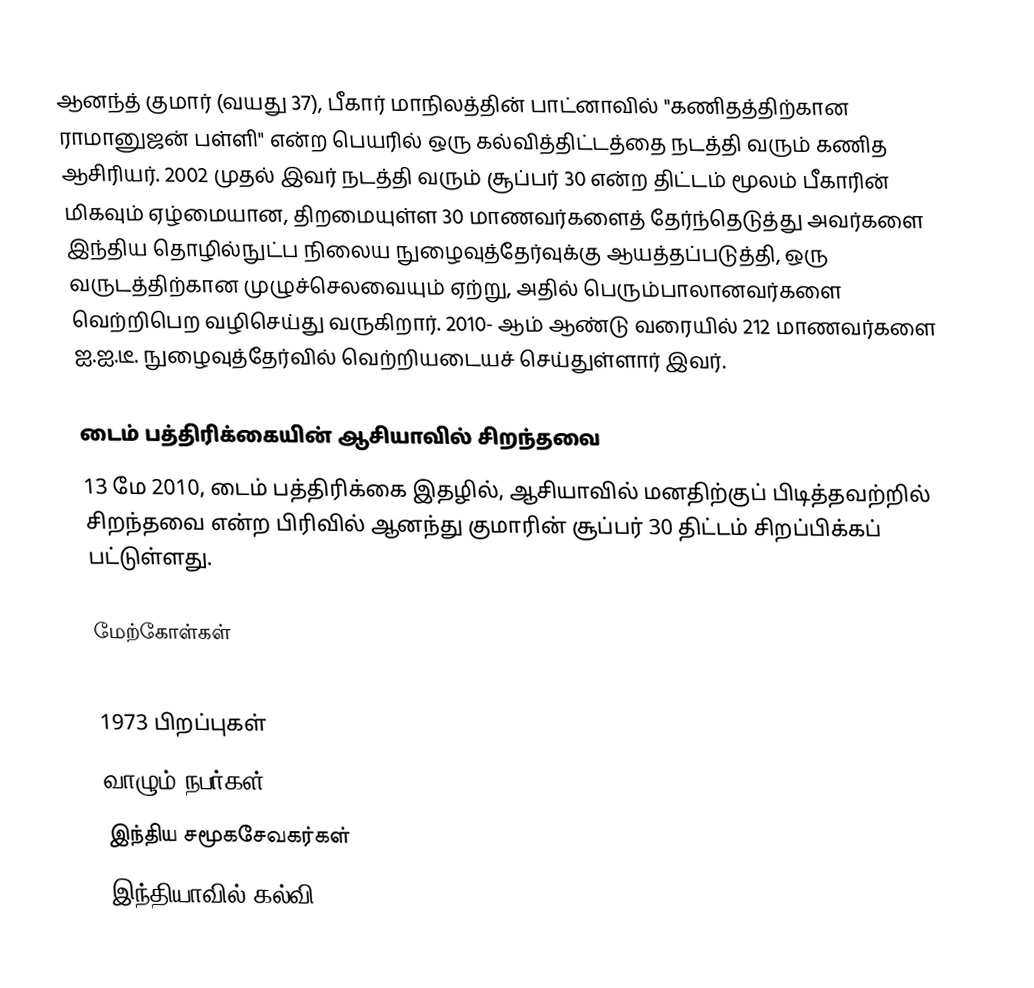
ஆனந்த் குமார் (வயது 37), பீகார் மாநிலத்தின் பாட்னாவில் "கணிதத்திற்கான ராமானுஜன் பள்ளி" என்ற பெயரில் ஒரு கல்வித்திட்டத்தை நடத்தி வரும் கணித ஆசிரியர். 2002 முதல் இவர் நடத்தி வரும் சூப்பர் 30 என்ற திட்டம் மூலம் பீகாரின் மிகவும் ஏழ்மையான, திறமையுள்ள 30 மாணவர்களைத் தேர்ந்தெடுத்து அவர்களை இந்திய தொழில்நுட்ப நிலைய நுழைவுத்தேர்வுக்கு ஆயத்தப்படுத்தி, ஒரு வருடத்திற்கான முழுச்செலவையும் ஏற்று, அதில் பெரும்பாலானவர்களை வெற்றிபெற வழிசெய்து வருகிறார். 2010- ஆம் ஆண்டு வரையில் 212 மாணவர்களை ஐ.ஐ.டீ. நுழைவுத்தேர்வில் வெற்றியடையச் செய்துள்ளார் இவர்.

டைம் பத்திரிக்கையின் ஆசியாவில் சிறந்தவை
13 மே 2010, டைம் பத்திரிக்கை இதழில், ஆசியாவில் மனதிற்குப் பிடித்தவற்றில் சிறந்தவை என்ற பிரிவில் ஆனந்து குமாரின் சூப்பர் 30 திட்டம் சிறப்பிக்கப் பட்டுள்ளது.

மேற்கோள்கள்

1973 பிறப்புகள்
வாழும் நபர்கள்
இந்திய சமூகசேவகர்கள்
இந்தியாவில் கல்வி